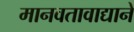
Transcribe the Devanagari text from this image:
मानवतावाद्याने